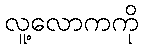
လူ့လောကကို